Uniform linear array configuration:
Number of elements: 24
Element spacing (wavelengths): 1
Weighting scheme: kaiser
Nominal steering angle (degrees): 45
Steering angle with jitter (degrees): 43.256
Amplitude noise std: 0.05
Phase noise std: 0.05

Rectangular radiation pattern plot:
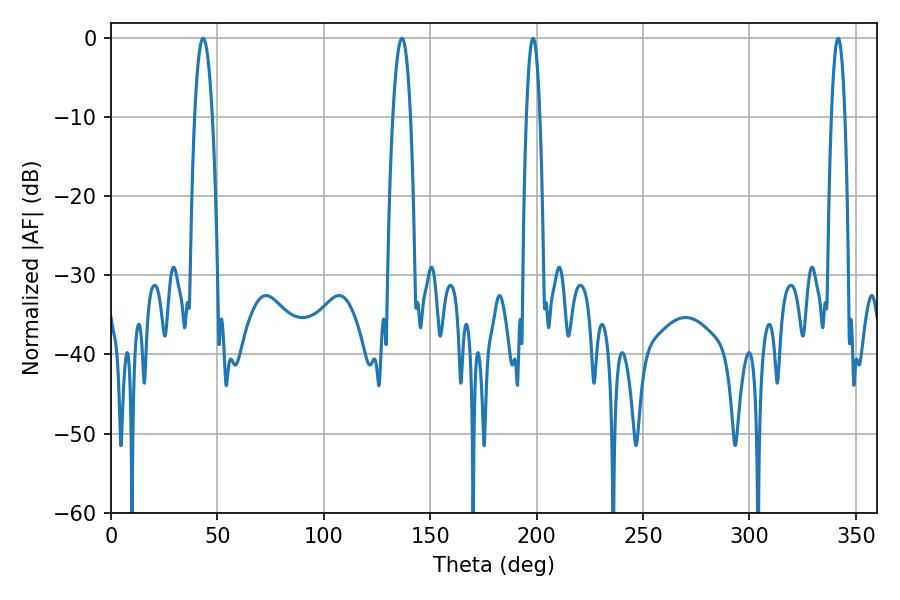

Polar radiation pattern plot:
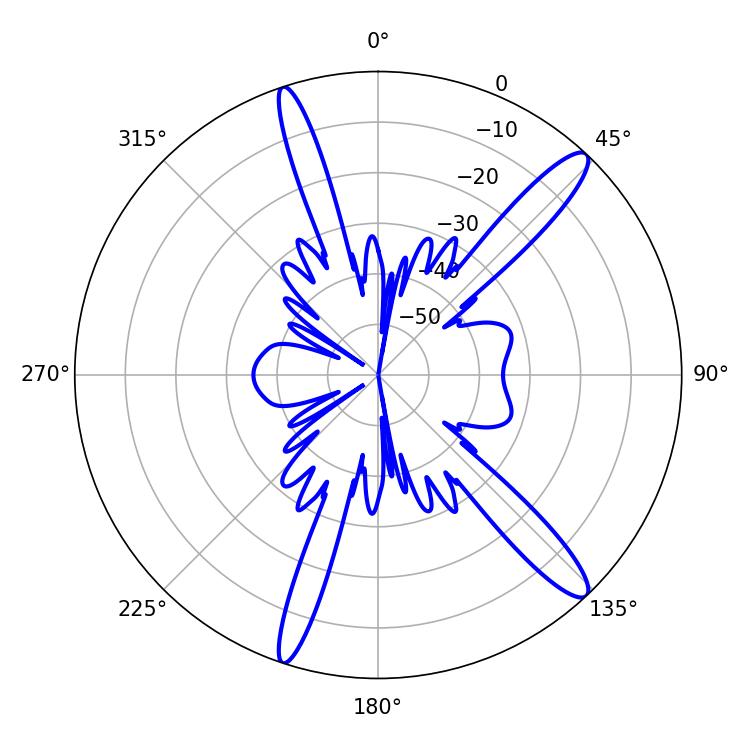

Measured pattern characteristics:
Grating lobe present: TRUE
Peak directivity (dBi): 14.121
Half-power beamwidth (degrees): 3.42
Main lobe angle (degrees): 198.36